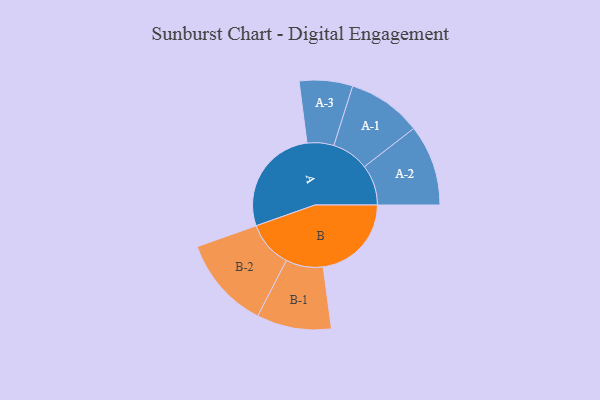
{"axis": {"x": "Segment", "y": "Value"}, "legend": ["", "A", "B"], "data": [{"x": "A", "y": 451, "type": ""}, {"x": "B", "y": 364, "type": ""}, {"x": "A-1", "y": 153, "type": "A"}, {"x": "A-2", "y": 167, "type": "A"}, {"x": "A-3", "y": 110, "type": "A"}, {"x": "B-1", "y": 154, "type": "B"}, {"x": "B-2", "y": 191, "type": "B"}]}